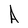
Character: A